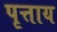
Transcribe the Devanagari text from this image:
पृत्ताय